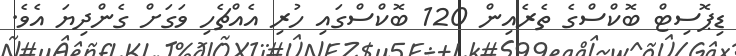
ޑިޕޮސިޓް ބޮކްސްގެ ތެރެއިން 120 ބޮކްސްގައި ހުރި އެއްޗެހި ވަގަށް ގެންދިޔަ އެވެ.